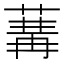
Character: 𦵷